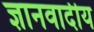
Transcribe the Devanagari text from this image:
ज्ञानवादीय